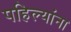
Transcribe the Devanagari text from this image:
पहिल्यांना